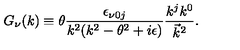
G _ { \nu } ( k ) \equiv \theta \frac { \epsilon _ { \nu 0 j } } { k ^ { 2 } ( k ^ { 2 } - \theta ^ { 2 } + i \epsilon ) } \frac { k ^ { j } k ^ { 0 } } { { \vec { k } } ^ { 2 } } .